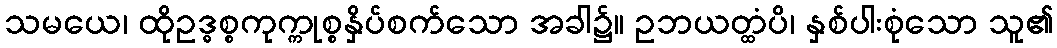
သမယေ၊ ထိုဥဒ္ဓစ္စကုက္ကုစ္စနှိပ်စက်သော အခါ၌။ ဥဘယတ္ထံပိ၊ နှစ်ပါးစုံသော သူ၏